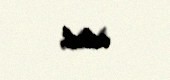
edirdi.